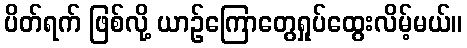
ပိတ်ရက် ဖြစ်လို့ ယာဉ်ကြောတွေရှုပ်ထွေးလိမ့်မယ်။